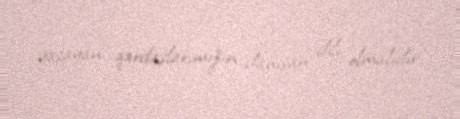
yaşayan qardaşlarımızın danışan dili olmalıdır.